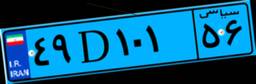
۵۸D۳۹۹۹۴